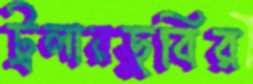
ট্রলারডুবির